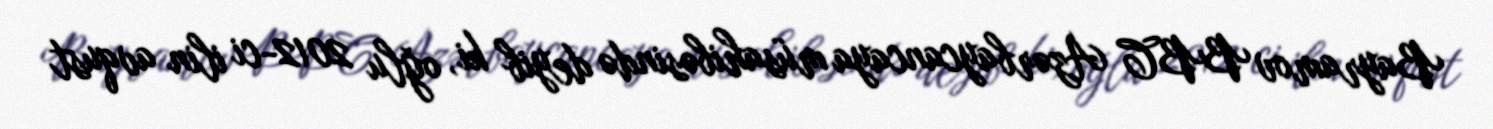
Bayramov BBC Azərbaycancaya müsahibəsində deyib ki, oğlu 2012-ci ilin avqust